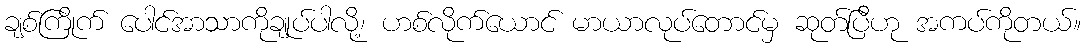
ချစ်ကြိုက် ပေါင်အာသာကိုချုပ်ပါလို့၊ ဟစ်လိုက်ယောင် မာယာလုပ်တောင်မှ ဆုတ်ပြီဟု အကပ်ကိုတယ်။